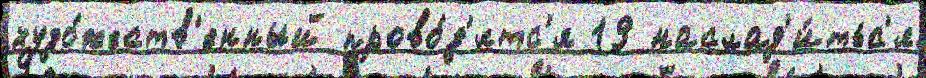
худо́жеств'енный прово́д'ятс'я 19 наслад'и́тьс'я